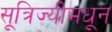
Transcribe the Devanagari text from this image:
सूत्रिज्यीमधून